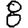
Digit: 8